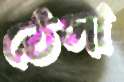
ঠেসা